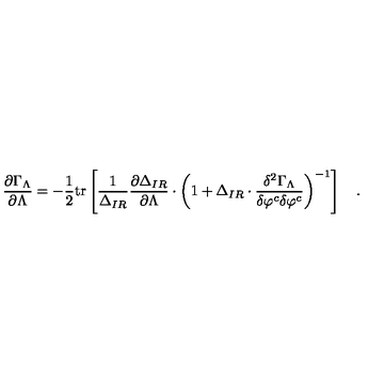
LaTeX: { \frac { \partial \Gamma _ { \Lambda } } { \partial \Lambda } } = - { \frac { 1 } { 2 } } \mathrm { t r } \left[ { \frac { 1 } { \Delta _ { I R } } } { \frac { \partial \Delta _ { I R } } { \partial \Lambda } } \cdot \left( 1 + \Delta _ { I R } \cdot { \frac { \delta ^ { 2 } \Gamma _ { \Lambda } } { \delta \varphi ^ { c } \delta \varphi ^ { c } } } \right) ^ { - 1 } \right] \quad .